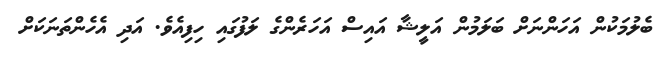
ބެލުމަކުން އަހަންނަށް ބަލަމުން އަލީޝާ އައިސް އަހަރެންގެ ލަފުގައި ހިފިއެވެ. އަދި އެހެންތަނަކަށް